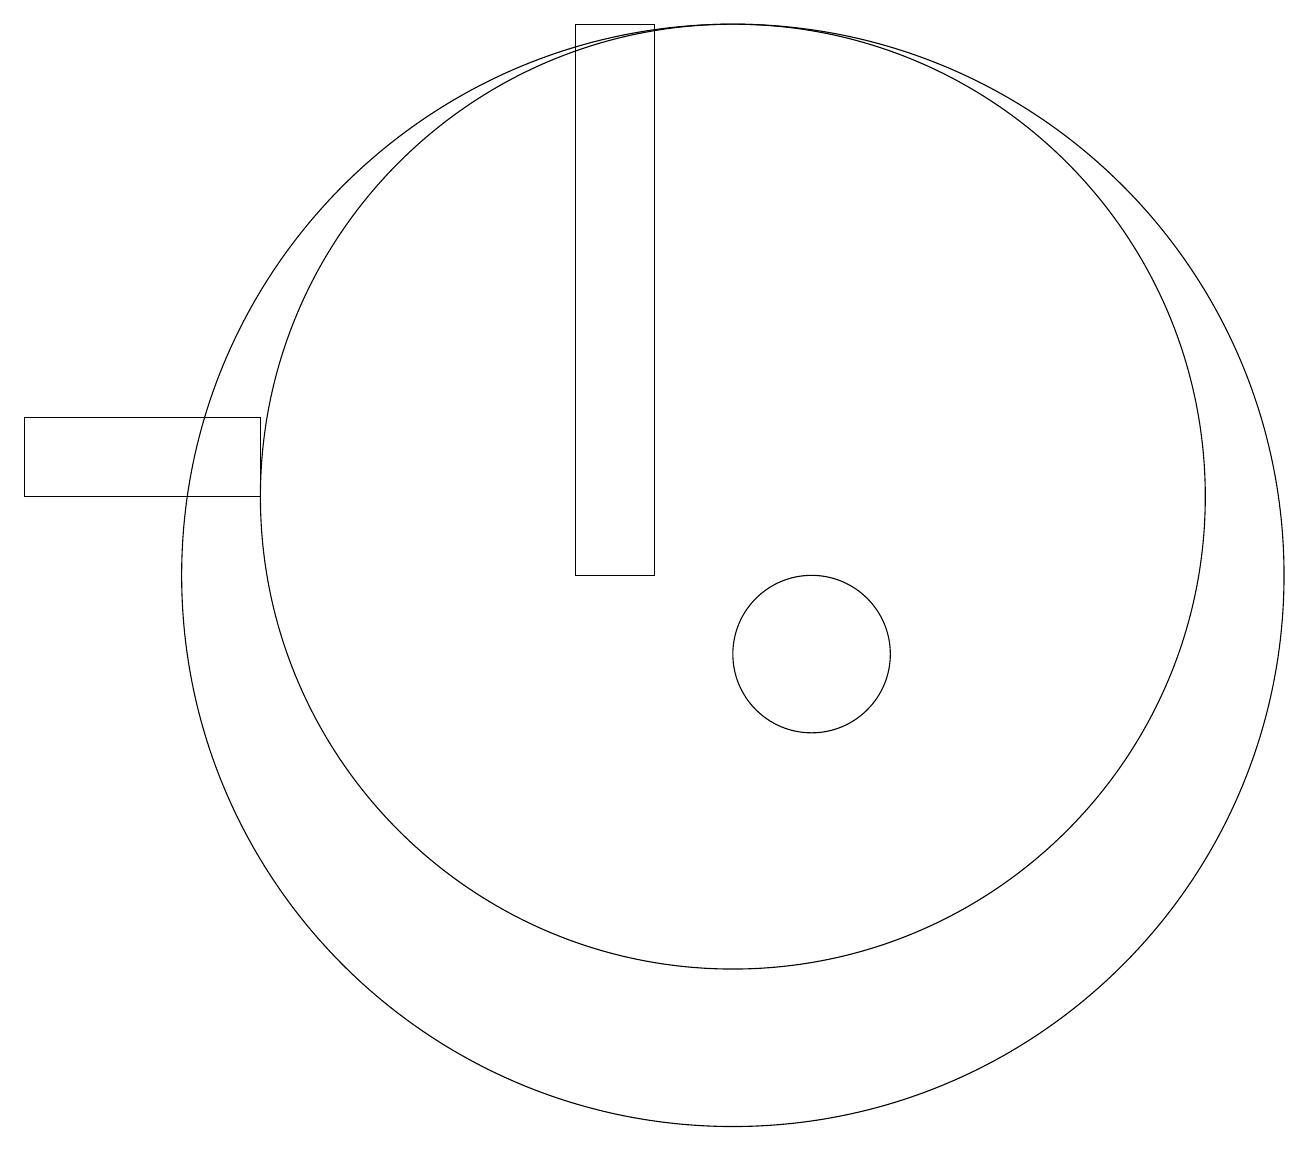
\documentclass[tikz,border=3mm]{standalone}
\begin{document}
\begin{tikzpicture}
\draw (10,11) circle (7);
\draw (4,12) rectangle (1,13);
\draw (10,12) circle (6);
\draw (8,11) rectangle (9,18);
\draw (11,10) circle (1);
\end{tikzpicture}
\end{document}